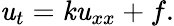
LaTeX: \mathit{u}_{t}=\mathit{k}\mathit{u}_{xx}+f.